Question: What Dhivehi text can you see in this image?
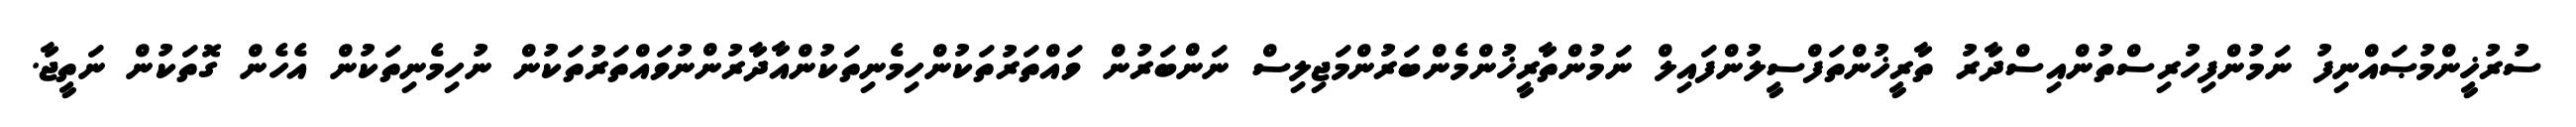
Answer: ސުރުޚީންމުޞައްނިފު ނަމުންފިހުރިސްތުންއިސްދާރު ތާރީޚުންތަފްސީލުންފައިލް ނަމުންތާރީޚުންމެންބަރުންމަޖިލިސް ނަންބަރުން ވައްތަރުތަކުންހިމެނިތަކުންއާދާރުންނުވައްތަރުތަކުން ނުހިމެނިތަކުން އެހެން ގޮތަކުން ނަތީޖާ.